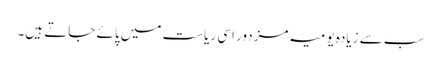
سب سے زیادہ یومیہ مزدور اسی ریاست میں پائے جاتے ہیں۔